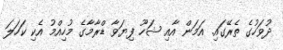
ދުވަހުގެ ތެރޭގައި. އަމަން އާއި ޝަހޫ ފިޔަވާ ޑްރާމާގެ މުހިއްމު އެކި ކަހަލަ